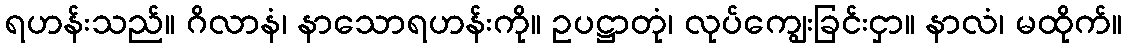
ရဟန်းသည်။ ဂိလာနံ၊ နာသောရဟန်းကို။ ဥပဋ္ဌာတုံ၊ လုပ်ကျွေးခြင်းငှာ။ နာလံ၊ မထိုက်။